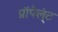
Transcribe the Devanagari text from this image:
प्रॉपेल्ंट